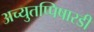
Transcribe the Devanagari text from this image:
अच्युतप्पिषारडी